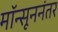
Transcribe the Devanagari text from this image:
मॉन्सूननंतर